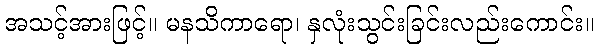
အသင့်အားဖြင့်။ မနသိကာရော၊ နှလုံးသွင်းခြင်းလည်းကောင်း။